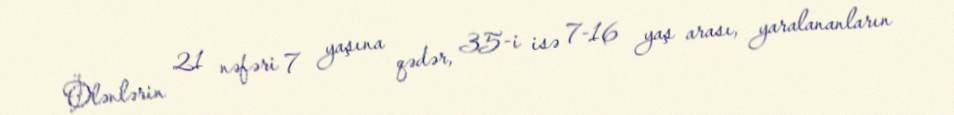
Ölənlərin 21 nəfəri 7 yaşına qədər, 35-i isə 7-16 yaş arası, yaralananların